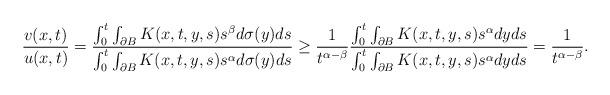
LaTeX: \begin{align*}\frac{v(x,t)}{u(x,t)} = \frac{\int_{0}^t \int_{\partial B} K(x,t,y,s) s^{\beta} d\sigma(y) ds}{ \int_{0}^t \int_{\partial B} K(x,t,y,s) s^{\alpha} d\sigma(y) ds} \geq \frac{1}{t^{\alpha - \beta}} \frac{\int_0^t \int_{\partial B} K(x,t, y, s) s^{\alpha} dy ds}{ \int_0^t \int_{\partial B} K(x,t, y, s) s^{\alpha} dy ds}= \frac{1}{t^{\alpha - \beta}}.\end{align*}